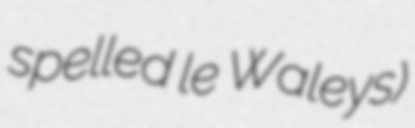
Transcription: spelled le Waleys)